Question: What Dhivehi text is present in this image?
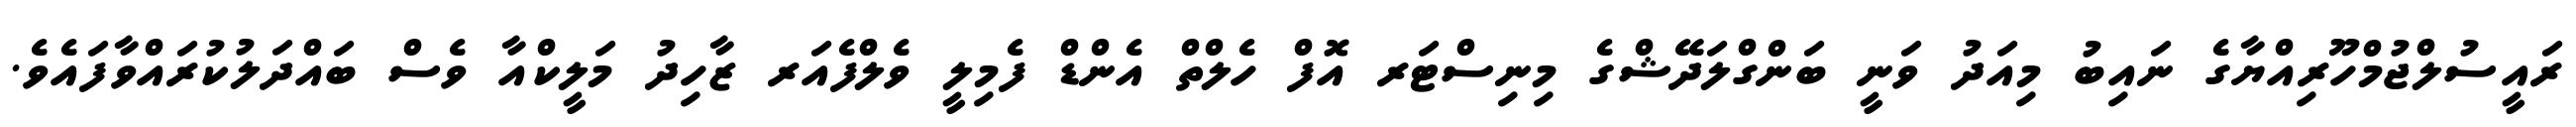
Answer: ރައީސުލްޖުމްހޫރިއްޔާގެ ނައިބު މިއަދު ވަނީ ބަންގްލަދޭޝްގެ މިނިސްޓަރ އޮފް ހެލްތް އެންޑް ފެމިލީ ވެލްފެއަރ ޒާހިދު މަލީކްއާ ވެސް ބައްދަލުކުރައްވާފައެވެ.